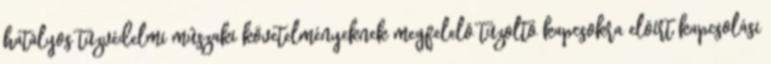
hatályos tûzvédelmi mûszaki követelményeknek megfelelõ tûzoltó kapcsokra elõírt kapcsolási